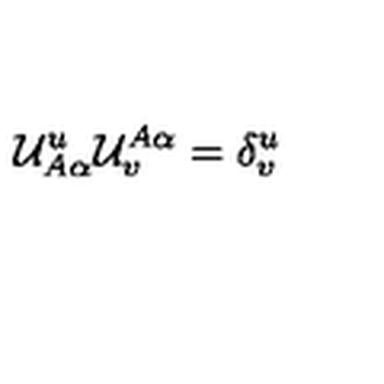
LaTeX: { \cal U } _ { A \alpha } ^ { u } { \cal U } _ { v } ^ { A \alpha } = \delta _ { v } ^ { u }